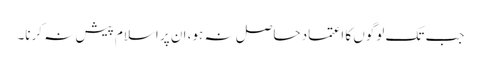
جب تک لوگوں کا اعتماد حاصل نہ ہو، ان پر اسلام پیش نہ کرنا۔